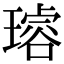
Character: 𤩅